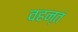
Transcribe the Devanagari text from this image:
वहन्तं